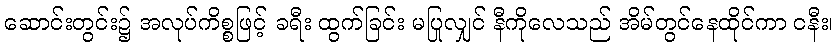
ဆောင်းတွင်း၌ အလုပ်ကိစ္စဖြင့် ခရီး ထွက်ခြင်း မပြုလျှင် နီကိုလေသည် အိမ်တွင်နေထိုင်ကာ ငနီး၊